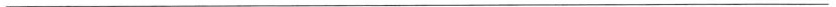
___